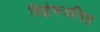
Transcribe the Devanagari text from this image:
विद्वेषजनित